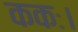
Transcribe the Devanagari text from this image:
ककः।